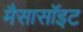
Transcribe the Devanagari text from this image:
मैसासॉइट